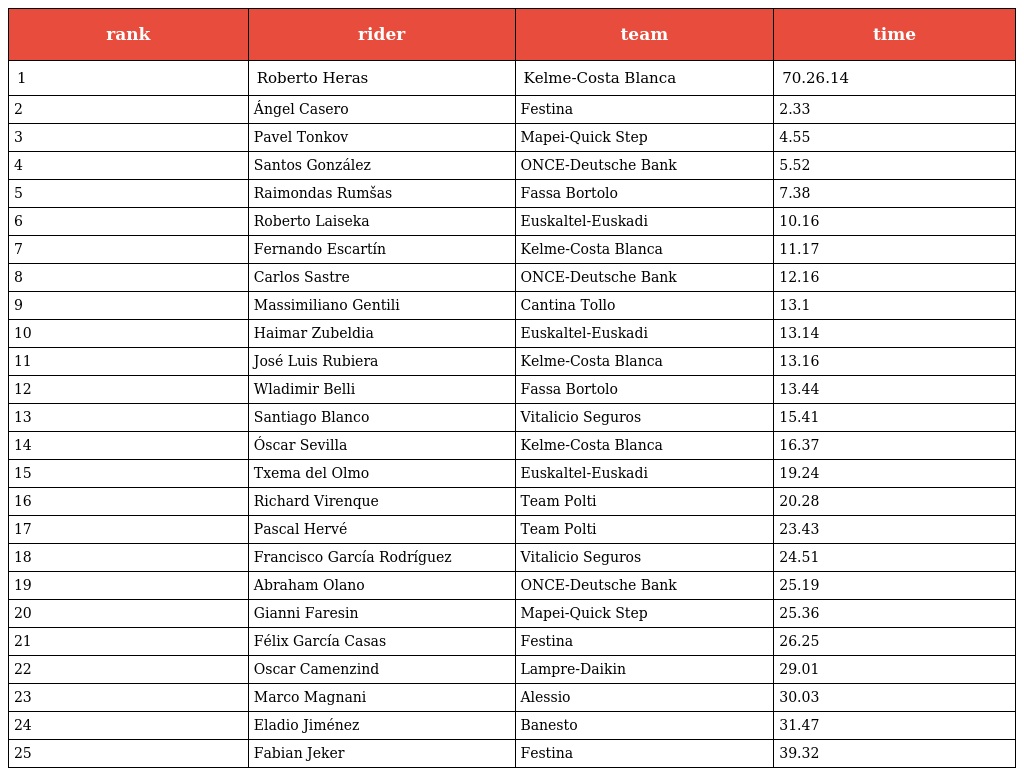
| rank | rider | team | time |
 | --- | --- | --- | --- |
 | 1 | Roberto Heras | Kelme-Costa Blanca | 70.26.14 |
 | 2 | Ángel Casero | Festina | 2.33 |
 | 3 | Pavel Tonkov | Mapei-Quick Step | 4.55 |
 | 4 | Santos González | ONCE-Deutsche Bank | 5.52 |
 | 5 | Raimondas Rumšas | Fassa Bortolo | 7.38 |
 | 6 | Roberto Laiseka | Euskaltel-Euskadi | 10.16 |
 | 7 | Fernando Escartín | Kelme-Costa Blanca | 11.17 |
 | 8 | Carlos Sastre | ONCE-Deutsche Bank | 12.16 |
 | 9 | Massimiliano Gentili | Cantina Tollo | 13.1 |
 | 10 | Haimar Zubeldia | Euskaltel-Euskadi | 13.14 |
 | 11 | José Luis Rubiera | Kelme-Costa Blanca | 13.16 |
 | 12 | Wladimir Belli | Fassa Bortolo | 13.44 |
 | 13 | Santiago Blanco | Vitalicio Seguros | 15.41 |
 | 14 | Óscar Sevilla | Kelme-Costa Blanca | 16.37 |
 | 15 | Txema del Olmo | Euskaltel-Euskadi | 19.24 |
 | 16 | Richard Virenque | Team Polti | 20.28 |
 | 17 | Pascal Hervé | Team Polti | 23.43 |
 | 18 | Francisco García Rodríguez | Vitalicio Seguros | 24.51 |
 | 19 | Abraham Olano | ONCE-Deutsche Bank | 25.19 |
 | 20 | Gianni Faresin | Mapei-Quick Step | 25.36 |
 | 21 | Félix García Casas | Festina | 26.25 |
 | 22 | Oscar Camenzind | Lampre-Daikin | 29.01 |
 | 23 | Marco Magnani | Alessio | 30.03 |
 | 24 | Eladio Jiménez | Banesto | 31.47 |
 | 25 | Fabian Jeker | Festina | 39.32 |